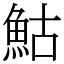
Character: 鮕